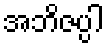
အဘိဇပ္ပါ